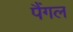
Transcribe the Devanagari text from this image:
पैंगल